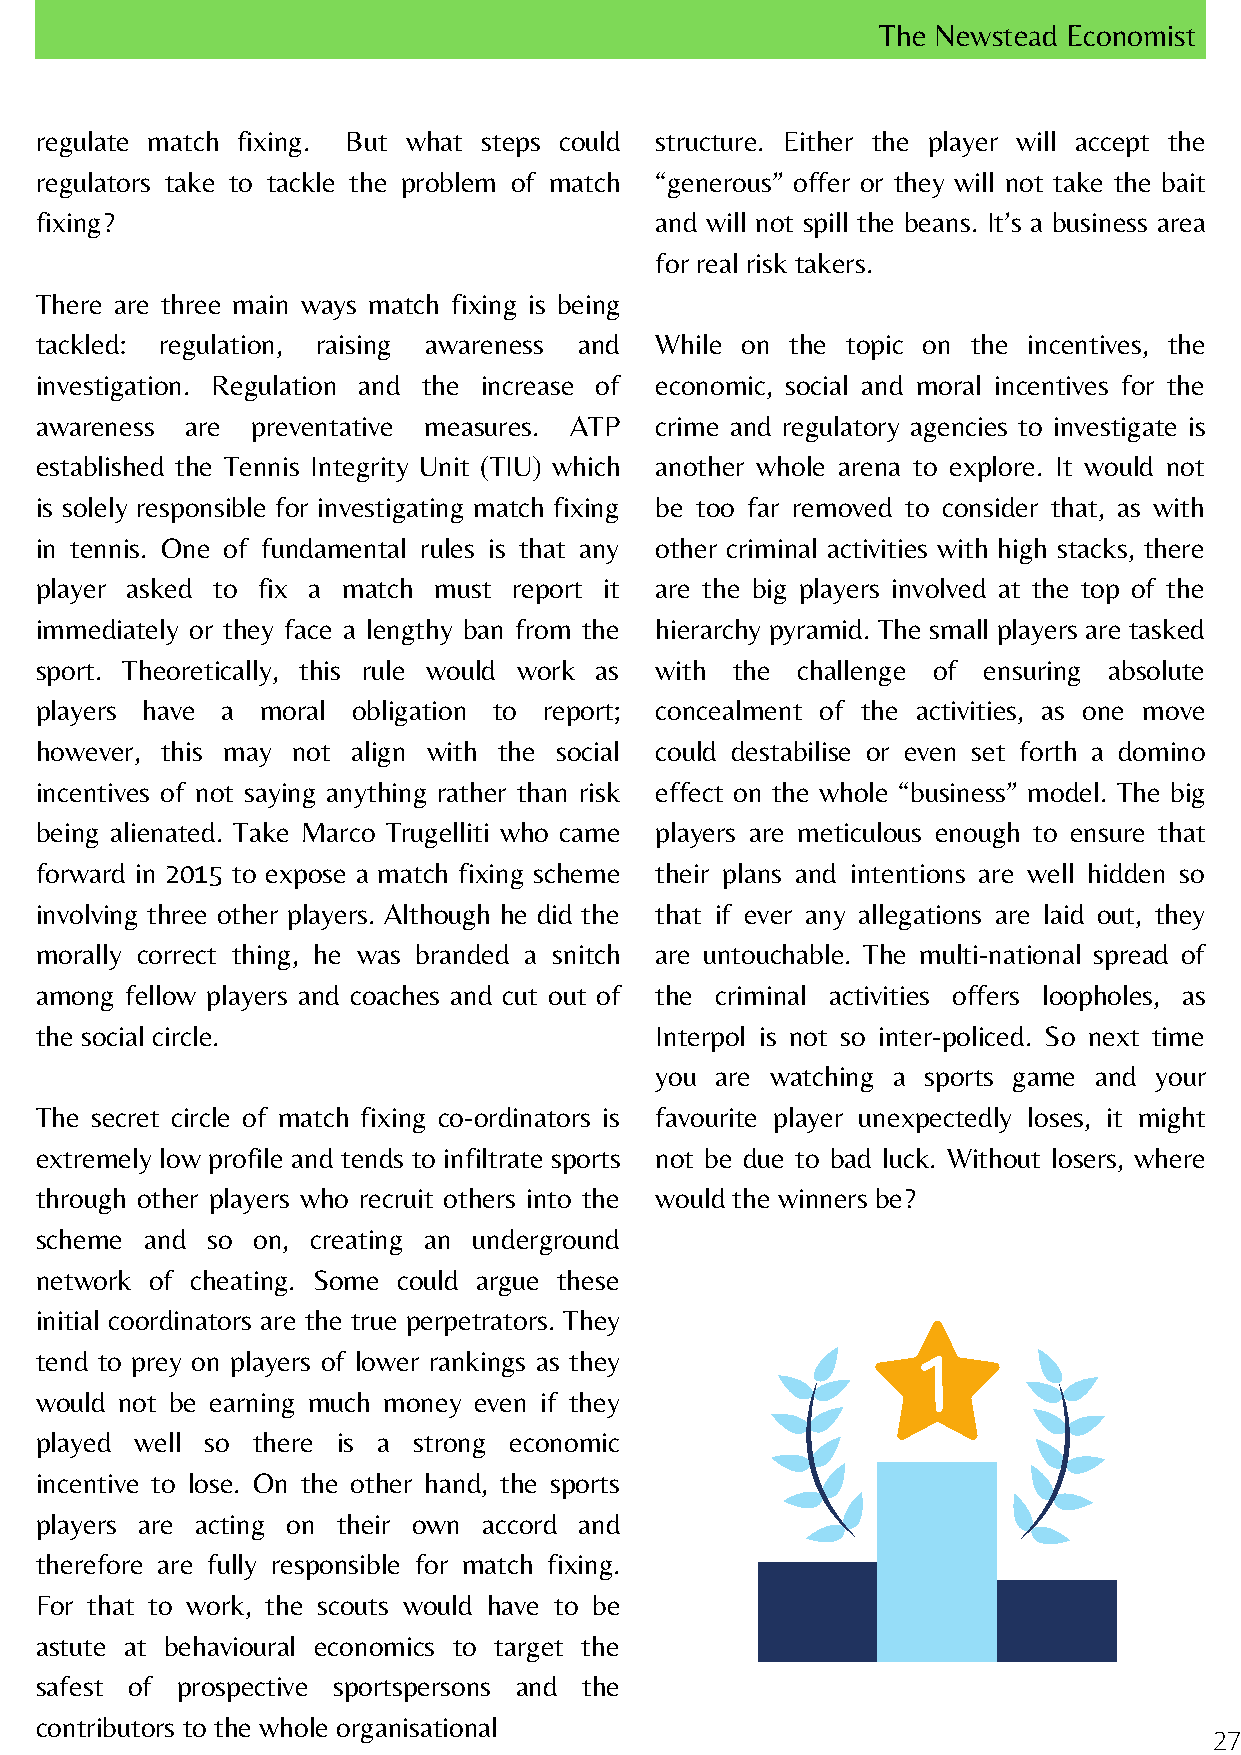
The Newstead Economist
 regulate match fixing. But what steps could structure. Either the player will accept the
 regulators take to tackle the problem of match “generous” offer or they will not take the bait
 fixing?                                  and will not spill the beans. It’s a business area
 for real risk takers.
 There are three main ways match fixing is being
 tackled: regulation, raising awareness and While on the topic on the incentives, the
 investigation. Regulation and the increase of economic, social and moral incentives for the
 awareness are  preventative measures. ATP crime and regulatory agencies to investigate is
 established the Tennis Integrity Unit (TIU) which another whole arena to explore. It would not
 is solely responsible for investigating match fixing be too far removed to consider that, as with
 in tennis. One of fundamental rules is that any other criminal activities with high stacks, there
 player asked to fix a match must report it are the big players involved at the top of the
 immediately or they face a lengthy ban from the hierarchy pyramid. The small players are tasked
 sport. Theoretically, this rule would work as with the challenge of ensuring absolute
 players have a moral obligation to report; concealment of the activities, as one move
 however, this may not align with the social could destabilise or even set forth a domino
 incentives of not saying anything rather than risk effect on the whole “business” model. The big
 being alienated. Take Marco Trugelliti who came players are meticulous enough to ensure that
 forward in 2015 to expose a match fixing scheme their plans and intentions are well hidden so
 involving three other players. Although he did the that if ever any allegations are laid out, they
 morally correct thing, he was branded a snitch are untouchable. The multi-national spread of
 among fellow players and coaches and cut out of the criminal activities offers loopholes, as
 the social circle.                       Interpol is not so inter-policed. So next time
 you are watching a sports game and your
 The secret circle of match fixing co-ordinators is favourite player unexpectedly loses, it might
 extremely low profile and tends to infiltrate sports not be due to bad luck. Without losers, where
 through other players who recruit others into the would the winners be?
 scheme  and so on, creating an underground
 network of cheating. Some could argue these
 initial coordinators are the true perpetrators. They
 tend to prey on players of lower rankings as they
 would not be earning much money even if they
 played well so there is a strong economic
 incentive to lose. On the other hand, the sports
 players are acting on their own accord and
 therefore are fully responsible for match fixing.
 For that to work, the scouts would have to be
 astute at behavioural economics to target the
 safest of prospective sportspersons and the
 contributors to the whole organisational
 27